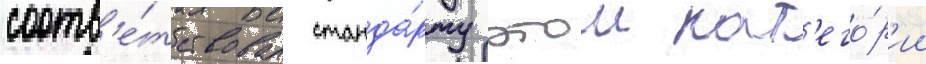
соотв'е́тствовал станда́рту этои кат'его́р'ии